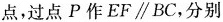
点，过点P作EF\parallel BC，分别